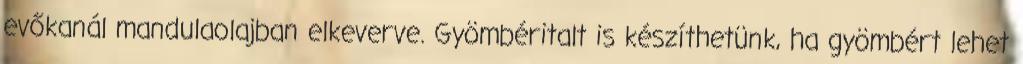
evőkanál mandulaolajban elkeverve. Gyömbéritalt is készíthetünk, ha gyömbért lehet